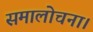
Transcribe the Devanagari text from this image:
समालोचना।